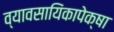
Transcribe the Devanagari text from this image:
व्यावसायिंकापेक्षा